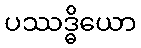
ပဿဒ္ဓိယော